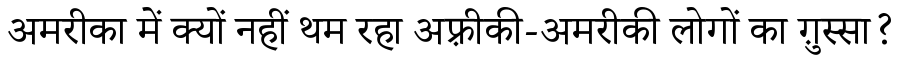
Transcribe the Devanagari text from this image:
अमरीका में क्यों नहीं थम रहा अफ़्रीकी-अमरीकी लोगों का ग़ुस्सा?